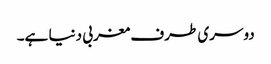
دوسری طرف مغربی دنیا ہے۔